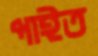
পাইত